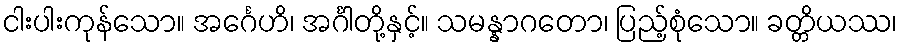
ငါးပါးကုန်သော။ အင်္ဂေဟိ၊ အင်္ဂါတို့နှင့်။ သမန္နာဂတော၊ ပြည့်စုံသော။ ခတ္တိယဿ၊